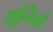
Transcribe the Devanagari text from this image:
यूनिडो